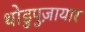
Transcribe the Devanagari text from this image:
थोडुपुज़ायार